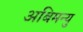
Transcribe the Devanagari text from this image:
अबिमन्यु